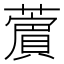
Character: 𦿜